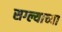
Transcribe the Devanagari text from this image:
सग्ल्याच्या